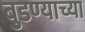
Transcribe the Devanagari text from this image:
बुडण्याच्या